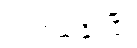
ရပ်တည်နိုင်ပြီး